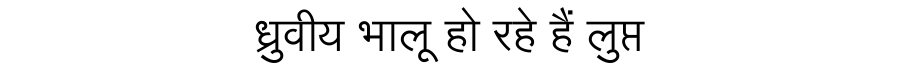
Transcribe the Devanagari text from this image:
ध्रुवीय भालू हो रहे हैं लुप्त